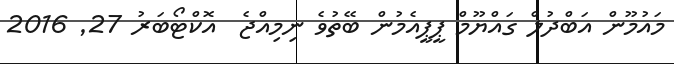
މައުމޫން އަބްދުލް ގައްޔޫމް ޕީޕީއެމުން ބޭތުވެ ނިމިއްޖެ  އޮކްޓޯބަރު 27